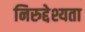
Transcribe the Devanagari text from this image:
निरुद्देश्यता